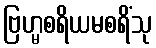
ဗြဟ္မစရိယမစရိံသု